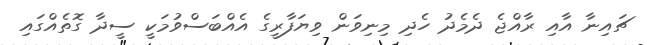
ޗައިނާ އާއި ރާއްޖެ ދެމެދު ހެދި މިނިވަން ވިޔަފާރީގެ އެއްބަސްވުމަކީ ސީދާ ގޮތެއްގައި